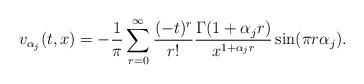
LaTeX: \begin{align*}v_{\alpha_{j}}(t, x) = -\frac{1}{\pi} \sum_{r=0}^{\infty} \frac{(-t)^{r}}{r!} \frac{\Gamma(1 + \alpha_{j} r)}{x^{1 + \alpha_{j} r}} \sin(\pi r \alpha_{j}).\end{align*}